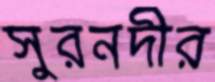
সুরনদীর